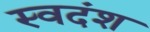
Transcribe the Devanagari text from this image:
स्वदंश